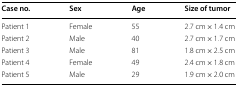
<table><thead><tr><td><b>Case no.</b></td><td><b>Sex</b></td><td><b>Age</b></td><td><b>Size of tumor</b></td></tr></thead><tbody><tr><td>Patient 1</td><td>Female</td><td>55</td><td>2.7 cm × 1.4 cm</td></tr><tr><td>Patient 2</td><td>Male</td><td>40</td><td>2.7 cm × 1.7 cm</td></tr><tr><td>Patient 3</td><td>Male</td><td>81</td><td>1.8 cm × 2.5 cm</td></tr><tr><td>Patient 4</td><td>Female</td><td>49</td><td>2.4 cm × 1.8 cm</td></tr><tr><td>Patient 5</td><td>Male</td><td>29</td><td>1.9 cm × 2.0 cm</td></tr></tbody></table>